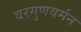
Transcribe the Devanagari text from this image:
वरगुणवर्मन